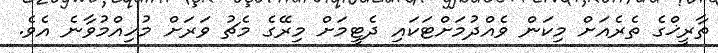
ތާރީޚްގެ ތެރެއަށް މިކަން ވެއްދުމަށްޓަކައި ދެޓީމަށް މިރޭގެ މެޗު ވަރަށް މުހިއްމުވާނެ އެވެ.